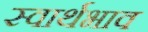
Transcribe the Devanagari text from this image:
स्वार्थभाव